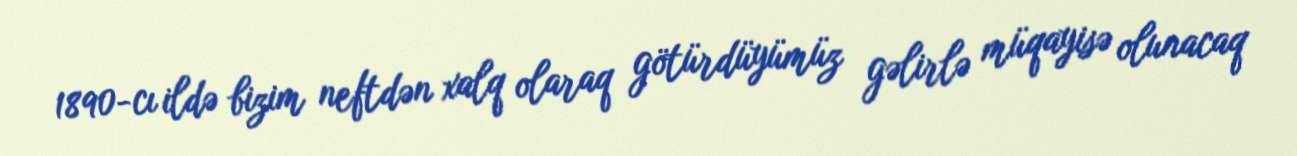
1890-cı ildə bizim neftdən xalq olaraq götürdüyümüz gəlirlə müqayisə olunacaq